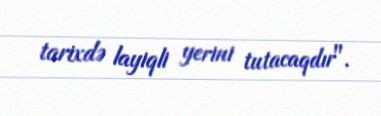
tarixdə layiqli yerini tutacaqdır".